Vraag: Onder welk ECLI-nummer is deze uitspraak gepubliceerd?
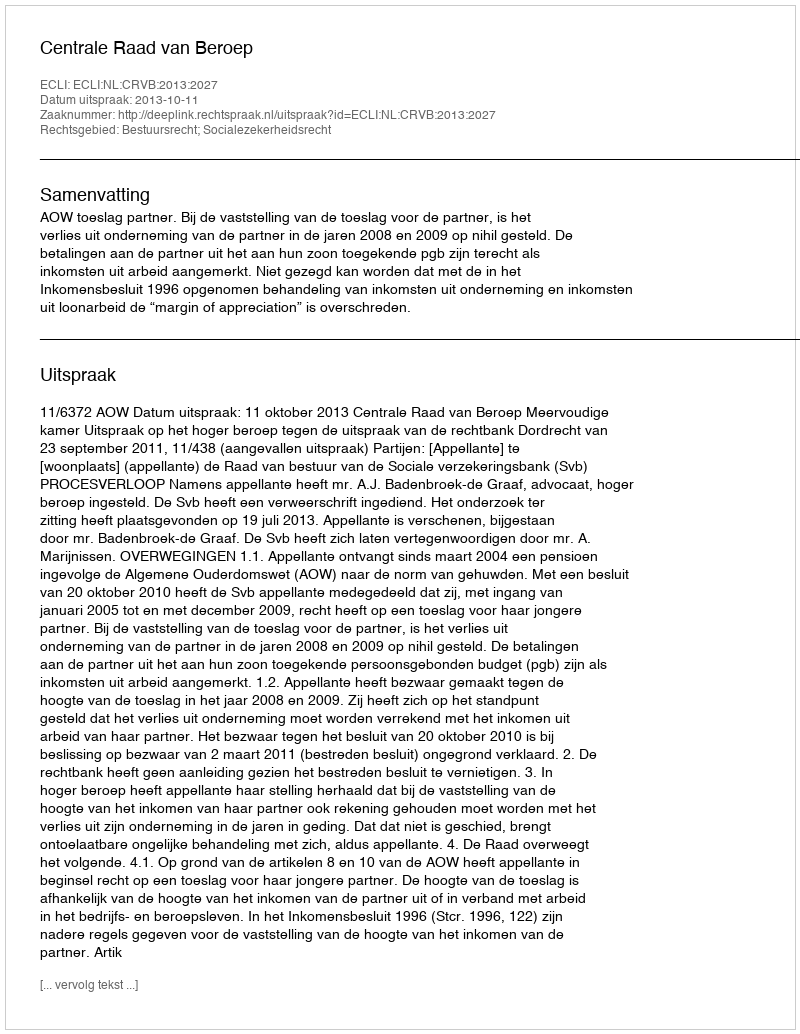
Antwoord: ECLI:NL:CRVB:2013:2027